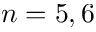
n = 5 , 6